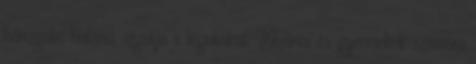
bőrizgató hatású, izgatja a légutakat. Elzárva és gyermekek számára